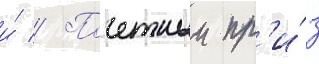
и́ // Почетныи пр'и́з